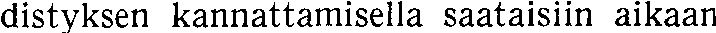
distyksen kannattamisella saataisiin aikaan